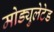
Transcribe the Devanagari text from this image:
मोड्युलेटेड